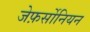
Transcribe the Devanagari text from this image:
जेफ़र्सोनियन